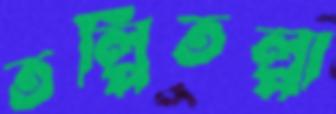
তল্পিতল্পা